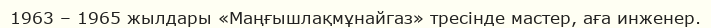
1963 – 1965 жылдары «Маңғышлақмұнайгаз» тресінде мастер, аға инженер.